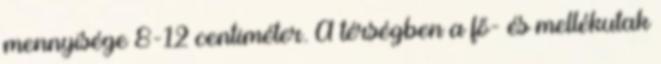
mennyisége 8-12 centiméter. A térségben a fő- és mellékutak